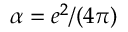
\alpha = e ^ { 2 } / ( 4 \pi )